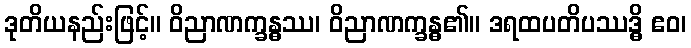
ဒုတိယနည်းဖြင့်။ ဝိညာဏက္ခန္ဓဿ၊ ဝိညာဏက္ခန္ဓ၏။ ဒရထပတိပဿဒ္ဓိ ဧဝ၊